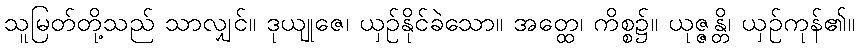
သူမြတ်တို့သည် သာလျှင်။ ဒုယျုဇေ၊ ယှဉ်နိုင်ခဲသော။ အတ္ထေ၊ ကိစ္စ၌။ ယုဇ္ဇန္တိ၊ ယှဉ်ကုန်၏။